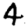
Digit: 4